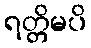
ရတ္တိမပိ